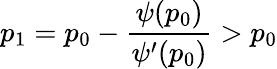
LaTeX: p_{1}=p_{0}-\frac{\psi(p_{0})}{\psi^{\prime}(p_{0})}>p_{0}